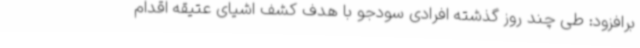
برافزود: طی چند روز گذشته افرادی سودجو با هدف کشف اشیای عتیقه اقدام